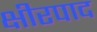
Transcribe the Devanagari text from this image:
क्षीरपाद